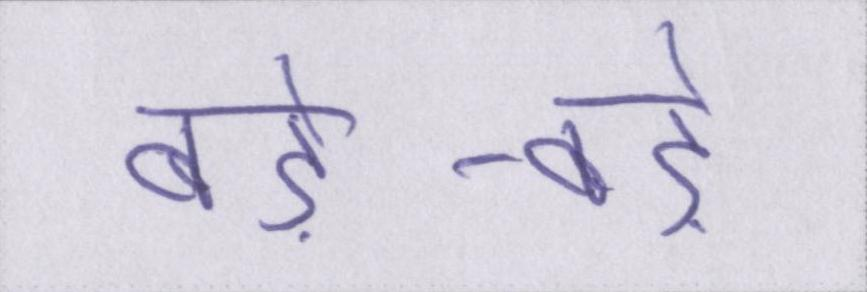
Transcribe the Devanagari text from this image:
बड़े-बड़े